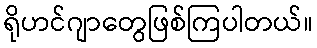
ရိုဟင်ဂျာတွေဖြစ်ကြပါတယ်။